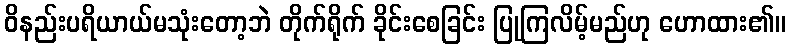
ဝိနည်းပရိယာယ်မသုံးတော့ဘဲ တိုက်ရိုက် ခိုင်းစေခြင်း ပြုကြလိမ့်မည်ဟု ဟောထား၏။